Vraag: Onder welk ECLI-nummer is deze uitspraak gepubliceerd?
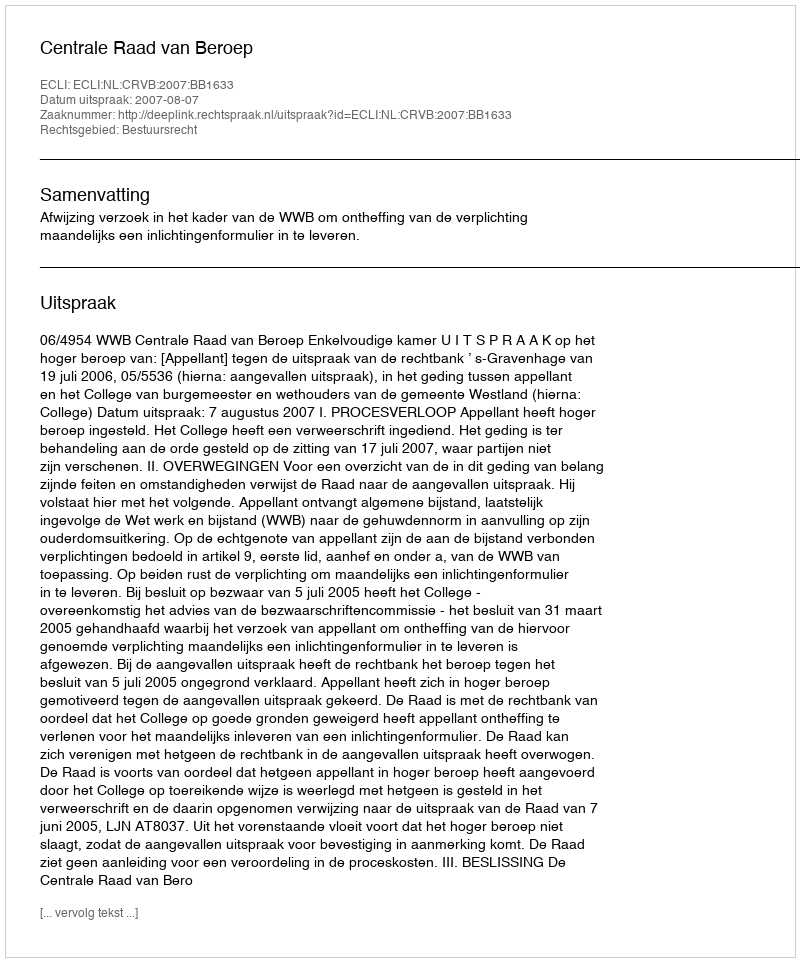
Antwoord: ECLI:NL:CRVB:2007:BB1633